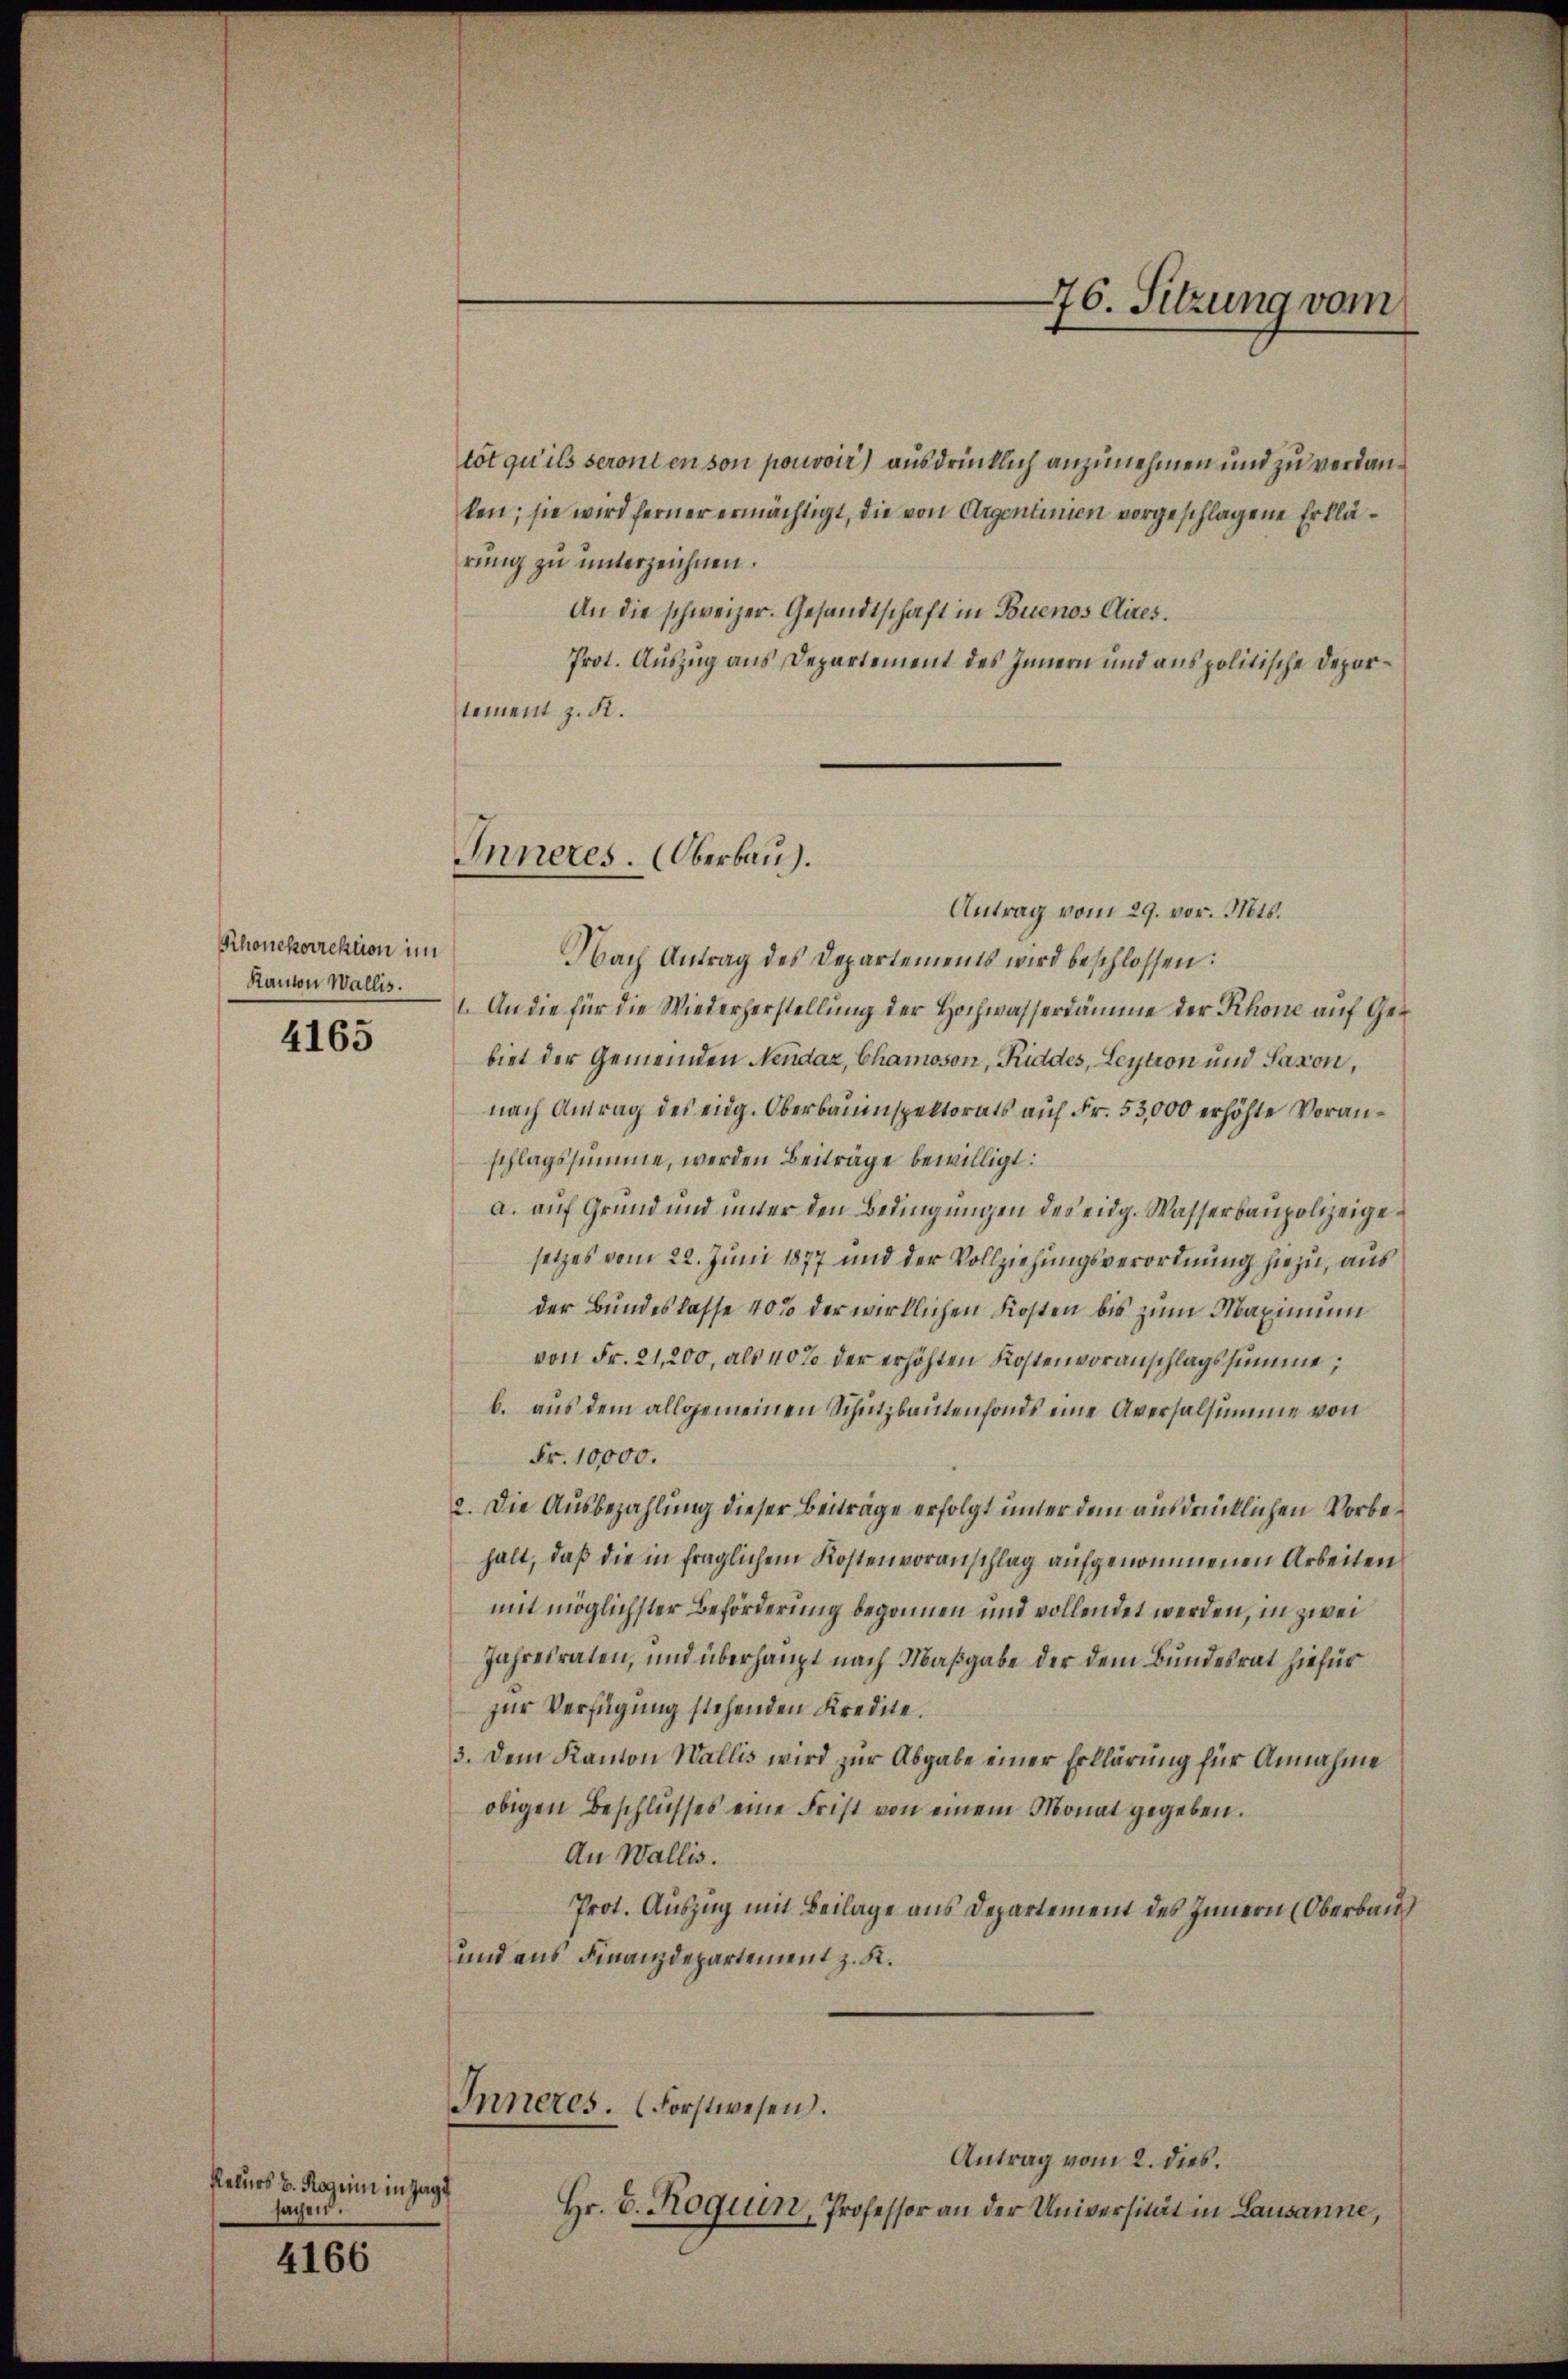
Rhonekorrektion im
Kanton Wallis.

4165

Rekurs v. Roguin in Zuge
sachen.

4166

tot qu’ils seront en son pouvoir) ausdrücklich anzunehmen und zu verdanlen; sie wird ferner ermächtigt, die von Argenlinien vorgeschlagene Erklärung zu unterzeichnen.
An die schweizer. Gesandtschaft in Buenos Aires.
Prot. Auszug aus Departement des Innern und aus politische Departement z. R.

Inneres. Oberbau.

Antrag vom 29. vor. Mts.
Nach Antrag des Departements wird beschlossen:
1. An die für die Wiederherstellung der Hochwasserdämme der Rhone auf Gebiet der Gemeinden Neudaz, Chamoson, Riddes, Leytion und Saxon,
nach Antrag des eidg. Oberbauinspektorats auf Fr. 53,000 erhöhte Voranschlagssumme, werden Beiträge bewilligt:
a. auf Grund und inner den Bedingungen des eidg. Wasserbaupolizeigesetzes vom 22. Juni 1877 und der Vollziehungsverordnung hiezu, aus
der Bundeslasse 40% der wirklichen Kosten bis zum Maximum
von Fr. 21,200, als 40% der erhöhten Kostenvoranschlagssumme,
b. aus dem allgemeinen Schutzbautenfonds eine Aversalsumme von
Fr. 10,000.
2. Die Ausbezahlung dieser Beiträge erfolgt unter dem ausdrücklichen Vorbehalt, daß die in fraglichem Kostenvoranschlag aufgenommenen Arbeiten
mit möglichster Beförderung begonnen und vollendet werden, in zwei
Jahresraten, und überhaupt nach Maßgabe der dem Bundesrat hiefür
zur Verfügung stehenden Kredite.
3. Dem Kanton Wallis wird zur Abgabe einer Erklärung für Annahme
obigen Beschlusses eine Frist von einem Monat gegeben.
An Wallis.
Prot. Auszug mit Beilage aus Departement des Innern (Oberbau
und aus Finanzdepartement z. K.
Inneres. (Forstwesen.
Antrag vom 2. dies.
Hr. B. Rogiun, Professor an der Universität in Lausanne,

76. Sitzung vom